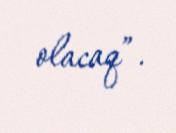
olacaq”.